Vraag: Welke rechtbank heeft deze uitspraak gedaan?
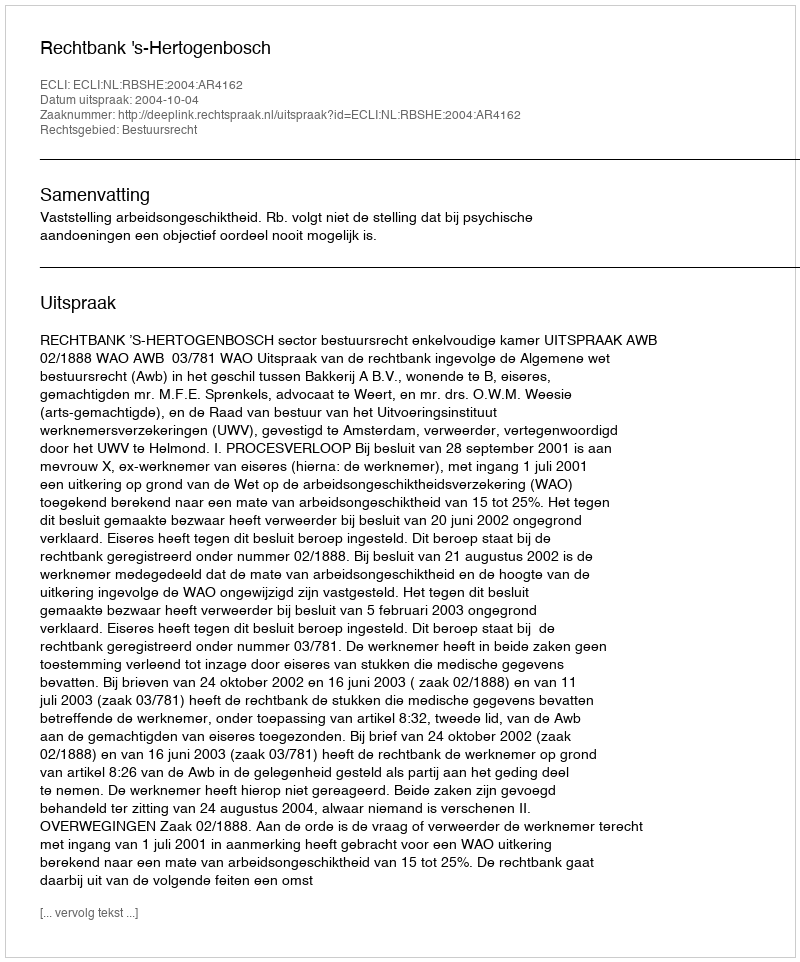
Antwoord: Rechtbank 's-Hertogenbosch